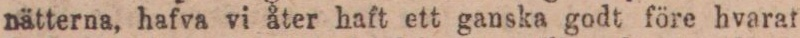
nätterna, hafva vi åter haft ett ganska godt före hvaraf